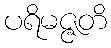
ပရိမဇ္ဇတိ